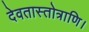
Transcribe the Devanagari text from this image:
देवतास्तोत्राणि।